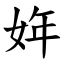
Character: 姩